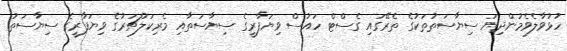
ހުޅުވާލެވެމުންދިޔަ ސިޔާސަތުތަކުގެ ތެރޭގައި ގެސްޓް ހައުސް ވިޔަފާރީގެ ސިޔާސަތާއި މެރިކަލްޗަރުގެ ވިޔަފާރީގެ ސިޔާސަތު